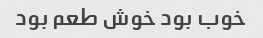
خوب بود خوش طعم بود